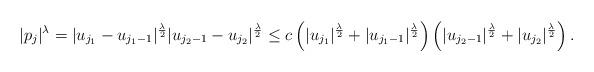
LaTeX: \begin{align*}|p_j|^\lambda=|u_{j_1}-u_{j_1-1}|^{\frac {\lambda}2}|u_{j_2-1}-u_{j_2}|^{\frac {\lambda}2} \leq c\left(|u_{j_1}|^{\frac {\lambda}2}+|u_{j_1-1}|^{\frac {\lambda}2}\right)\left(|u_{j_2-1}|^{\frac {\lambda}2}+|u_{j_2}|^{\frac {\lambda}2} \right).\end{align*}